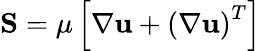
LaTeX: \mathbf{S}=\mu\left[\mathbf{\nabla}\mathbf{u}+\left(\mathbf{\nabla}\mathbf{u}\right)^{T}\right]